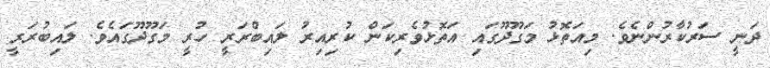
ދަނީ ސަރުކާރުންނެވެ. މިއަތޮޅު މަގޫދޫގައި އަތޮޅުވެރިކަން ކުރިއިރު ލައިބްރަރީ ހުރީ މަގޫދޫގައެވެ. ލައިބުރަރީ